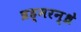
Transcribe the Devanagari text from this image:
ब्रह्मरन्ध्रे